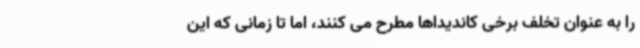
را به عنوان تخلف برخی کاندیداها مطرح می کنند، اما تا زمانی که این